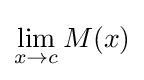
\lim _{x\to c}M(x)